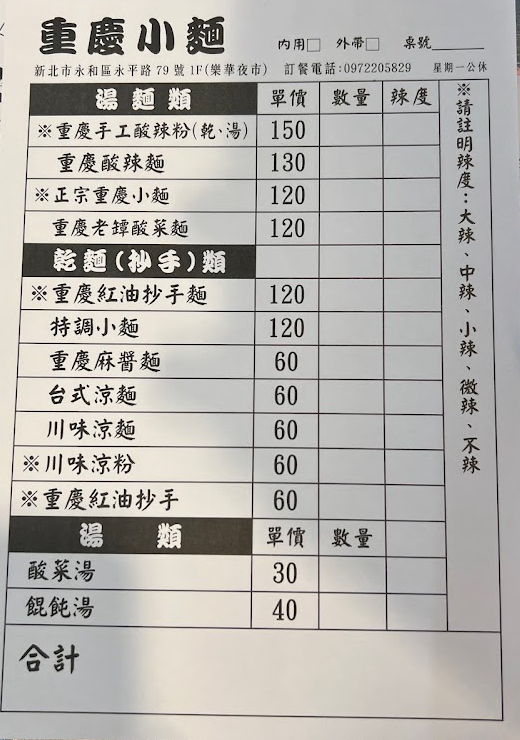
餐廳：重慶小麵
地址：新北市永和區永平路79號1F(樂華夜市)
電話：0972205829
營業時間：星期一公休
菜單：
name: 重慶手工酸辣粉(乾、湯)
price: 150
name: 重慶酸辣麵
price: 130
name: 正宗重慶小麵
price: 120
name: 重慶老罈酸菜麵
price: 120
name: 重慶紅油抄手麵
price: 120
name: 調料小麵
price: 120
name: 重慶麻醬麵
price: 60
name: 台式涼麵
price: 60
name: 川味涼麵
price: 60
name: 川味涼粉
price: 60
name: 重慶紅油抄手
price: 60
name: 酸菜湯
price: 30
name: 餛飩湯
price: 40